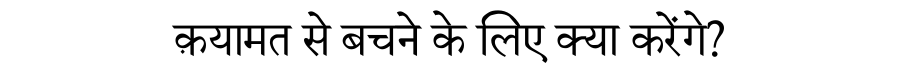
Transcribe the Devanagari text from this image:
क़यामत से बचने के लिए क्या करेंगे?